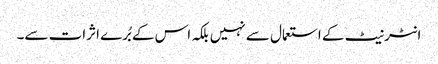
انٹرنیٹ کے استعمال سے نہیں بلکہ اس کے بُرے اثرات سے۔